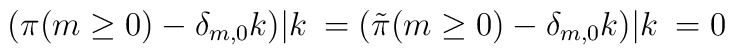
(\pi(m\ge 0)-\delta_{m,0}k)|k\> = ({\tilde \pi}(m \ge 0) - \delta_{m,0}k)|k\> = 0